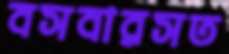
বসবারসত